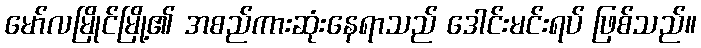
မော်လမြိုင်မြို့၏ အစည်ကားဆုံးနေရာသည် ဒေါင်းမင်းရပ် ဖြစ်သည်။